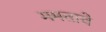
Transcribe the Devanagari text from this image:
ममताचे